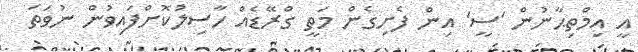
އީ އިމްތިޙާނުން 'ސީ' އިން ފެށިގެން މަތީ ގްރޭޑެއް ހާސިލުކޮށްފައިވުން ނުވަތަ